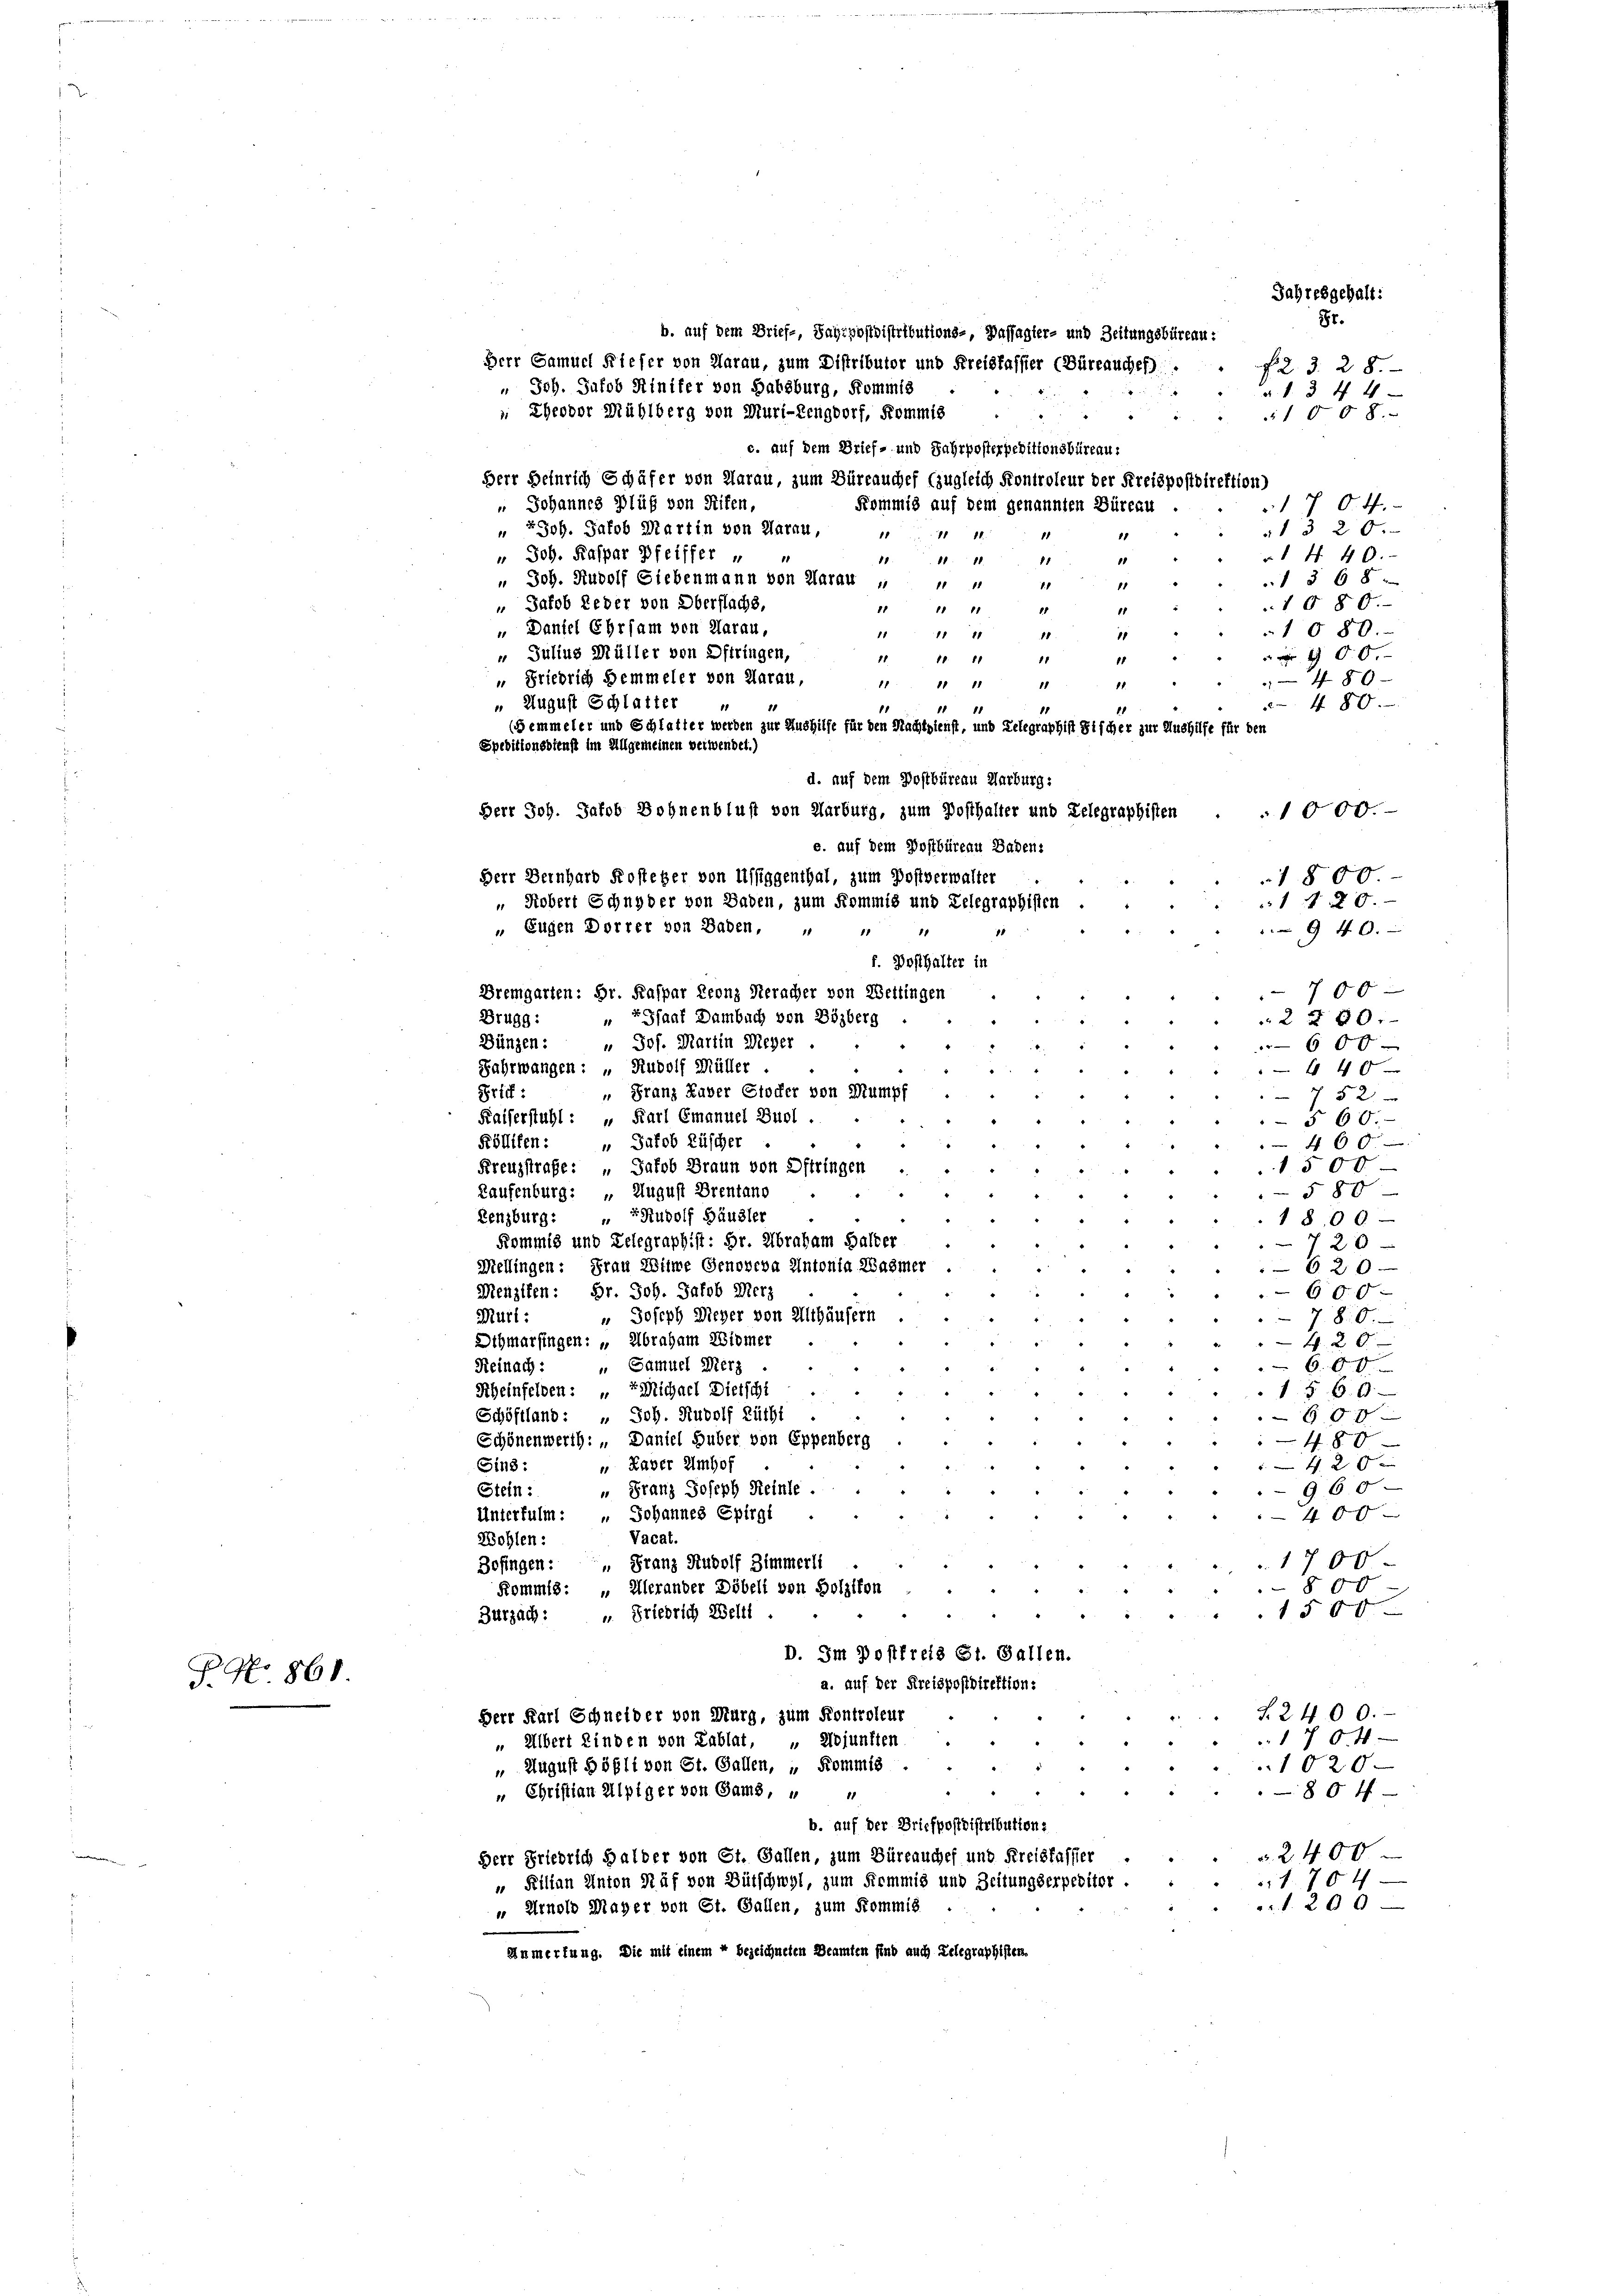
P. Nr. 861.

Herr Samuel Friefer von Aarau, zum Distributor und Kreisfassier (Büreauches).
u Joh. Jakob Hinifer von Habsburg, Kommis
Eheodor Mühlberg von Muri-Rengdorf, Kommis
c. auf dem Brief- und Fahrposterpeditionsbüreau.
Herr Beinrich Schäfer von Aarau, zum Büreauchef (zugleich Kontroleur der Kreispostdirektion)
7 0.4.
" Johannes Blüf von Rifen,
Kommis auf dem genannten Büreau
 Joh. Jakob Martin von Aarau,
1320.
11
11 18
11
1
" Joh. Kaspar Pfeiffer
§ 440.
1818.
11
18.
81
u Joh. Rudolf Siebenmann von Aarau
1368 x
1.1
11
1111
11
„ Jakob Leder von Oberflachs,
1580.
11 11 ff
1
11
Dantel Ehrsam von Aarau,
1080.
1111 11
18
11
 Julius Müller von Oftringen,

11
21. 11 ff
11
“ Friedrich Gemmeler von Aarau,
480
11 11 11
11.
11
 August Schlatter
480.
11
1 11
11
(Gemmeler und Schlatter werden zur Aushilfe für den Nachteienst, und Telegraphist Fischer zur Aushilfe für den
Speditionsdienst im Allgemeinen verwendet.)
d. auf dem Postbüreau Karburg:
1000.
e. auf dem Postbüreau Baden,
1
1
f. Posthalter in
700
Bremgarten: Hr. Kaspar Leonz Seracher von Wettingen
Gfaaf Dambuch von Bözberg
Brugg:
2 § 80x
Bünzen: " Jos. Martin Meyer
600
Fahrwangen: „Rudolf Müller .
4 40 x
" Franz Kuver Stocker von Sumpf
Griff :
752
Kaiserstuhl : „ Karl Emanuel Buol.
§ 60.
Köllifen: „Jakob Lüscher.
460
1500
Kreuzstrafe: „Jakob Braun von Oftringen
580
Laufenburg: „August Brentano
Lenzburg: " Rudolf Häusler
1800
Kommis und Telegraphist: Hr. Abraham Halter
120

Mellingen: Frau Witwe Genoveva Antonia Wasmer
620
Menzifen: Fr. Joh. Jakob Merz
600.
" Joseph Wieger von Althäusern
780.
Mürt:
Digmarfingen: „Abraham Zimmer
420.
Reinach : „ Samuel Merz
6. Ein
Scheinfelden: Michael Dietschi
1 § 60
Schöffland: „ Joh. Rudolf Lüthi
60 x
Schönenwerth: „Daniel Huber von Eppenberg
480
4 20 x
 Kaver Imhof
Sins:
960
u Franz Joseph Reinle.
Stein:
Unterfulm: " Johannes Epirgt
400
Vacat.
Wohlen:
Befingen: Franz Rudolf Zimmerli
1700
800
Kommis: „Alerander Döbeli von Holzikon
f 5 x
Zurzach: " Friedrich Welti
D. Im Postfreis St. Gallen.
a. auf der Kreispostdirektion:
§2400.
Herr Karl Schneider von Murg, zum Kontroleur
1704
" Adjunkten
 Albert Rinden von Rablat,
10200
 August Göfli von St. Gallen, „ Kommis
804
„ Christian Alpiger von Gams, " "
b. auf der Briefpostdistribution:
 2400
Herr Friedrich Halber von St. Gallen, zum Büreauches und Kreisfasster
 Filian Anton Näf von Bütschwyl, zum Kommis und Zeitungserpeditor .
1. 704
 1. 200
" Arnold Mayer von St. Gallen, zum Kommis
Anmerkung. Die mit einem 4 bezeichneten Beamten sind auch Telegraphisten.

Herr Joh. Jakob Bohnenblust von Marburg, zum Posthalter und Telegraphisten
Herr Bernhard Kosteher von Miliggenthal, zum Postverwalter
" Robert Schnyder von Baden, zum Kommis und Telegraphisten
„ Eugen Dorrer von Baden, " "

b. auf dem Brief-, Sahrpostdistributions-, Passagier- und Zeitungsbüreau:

Jahresgehalt:
Sr.

1008.

f23. 28.
a. S. 344

1800
1 f 20.
940.